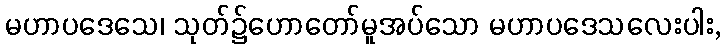
မဟာပဒေသေ၊ သုတ်၌ဟောတော်မူအပ်သော မဟာပဒေသလေးပါး,